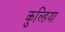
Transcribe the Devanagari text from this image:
कुल्हिया